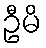
ဦမိ